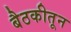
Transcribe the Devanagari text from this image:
बैठकीतून